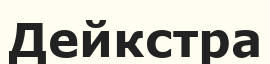
Дейкстра